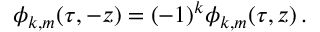
\phi _ { k , m } ( \tau , - z ) = ( - 1 ) ^ { k } \phi _ { k , m } ( \tau , z ) \, .